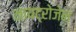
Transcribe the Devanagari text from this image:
नायट्रोजेन